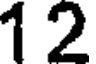
12